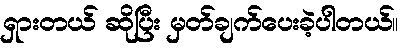
ရှားတယ် ဆိုပြီး မှတ်ချက်ပေးခဲ့ပါတယ်။